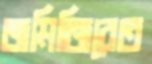
জমিজিরেত